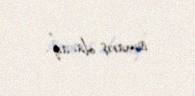
ismarış olacaq”.